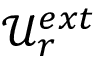
{ \mathcal { U } } _ { r } ^ { e x t }